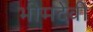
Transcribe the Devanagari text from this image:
भीमदेवी